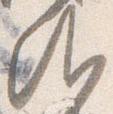
御